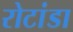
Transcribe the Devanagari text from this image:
रोटांडा